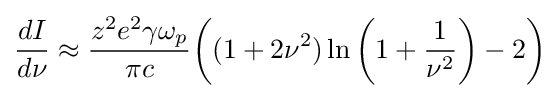
{\frac {dI}{d\nu }}\approx {\frac {z^{2}e^{2}\gamma \omega _{p}}{\pi c}}{\bigg (}(1+2\nu ^{2})\ln \left(1+{\frac {1}{\nu ^{2}}}\right)-2{\bigg )}